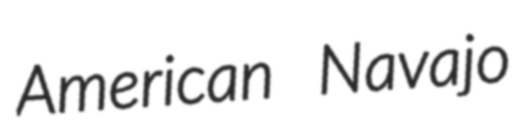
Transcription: American Navajo